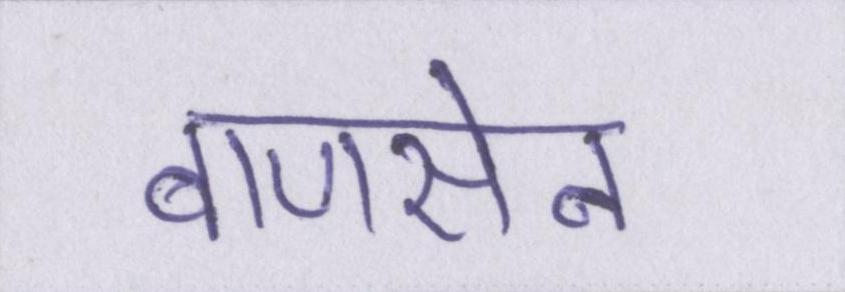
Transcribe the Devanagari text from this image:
बाणसेन